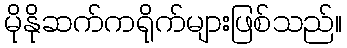
မိုနိုဆက်ကရိုက်များဖြစ်သည်။